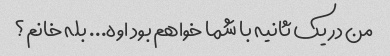
من در یک ثانیه با شما خواهم بود اوه... بله خانم؟